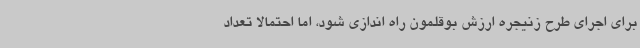
برای اجرای طرح زنیجره ارزش بوقلمون راه اندازی شود، اما احتمالا تعداد